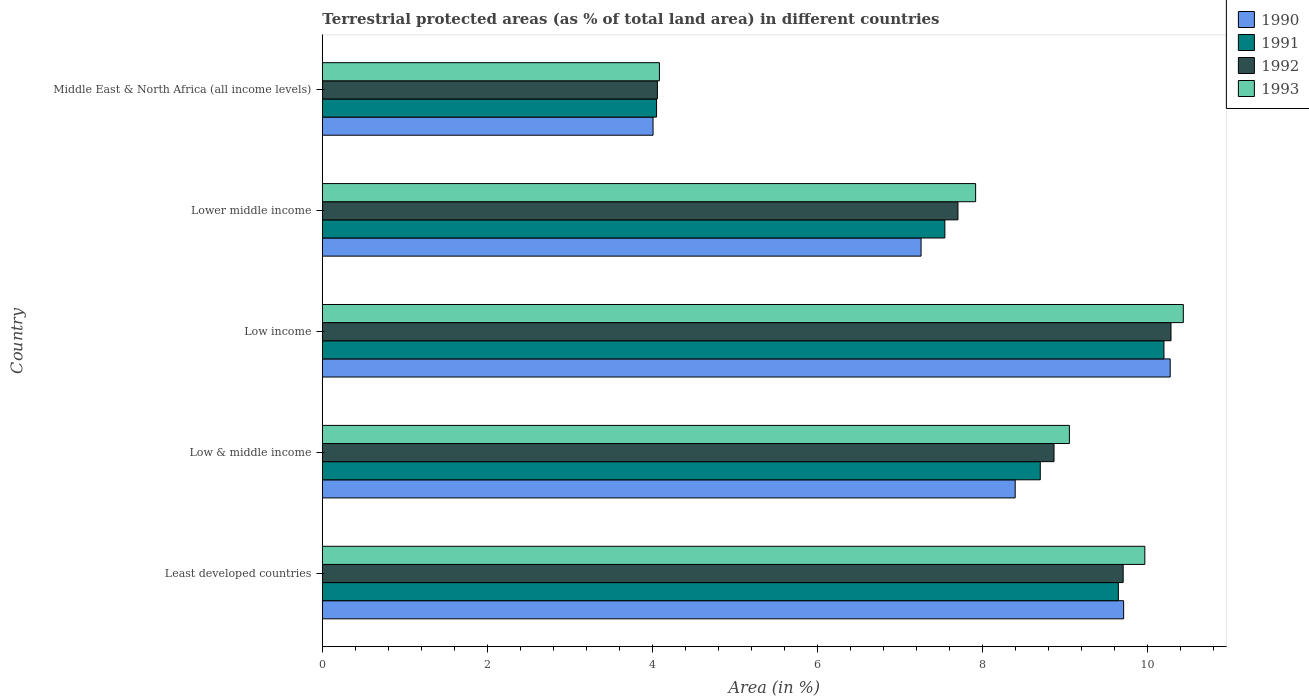
| Country | 1990 | 1991 | 1992 | 1993 |
 | --- | --- | --- | --- | --- |
 | Least developed countries | 9.71 | 9.65 | 9.7 | 9.97 |
 | Low & middle income | 8.4 | 8.7 | 8.87 | 9.05 |
 | Low income | 10.3 | 10.2 | 10.3 | 10.4 |
 | Lower middle income | 7.26 | 7.54 | 7.7 | 7.92 |
 | Middle East & North Africa (all income levels) | 4.01 | 4.05 | 4.06 | 4.08 |